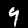
Digit: 9